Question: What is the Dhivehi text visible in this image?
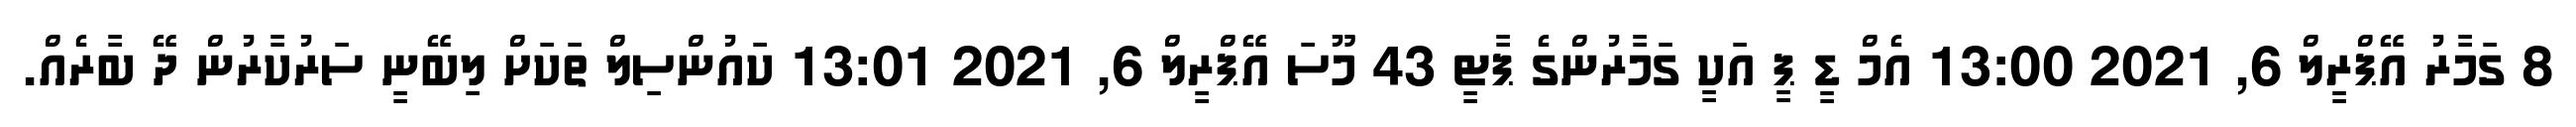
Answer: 8 ގަމާރު އޭޕްރީލް 6, 2021 13:00 އެމް ޑީ ޕީ އަކީ ގަމާރުންގެ ޕާޓީ 43 މޫސަ އޭޕްރީލް 6, 2021 13:01 ކައުންސިލް ތަކަށް ލިބޭނީ ސަރުކާރުން ދޭ ބާރެއް.